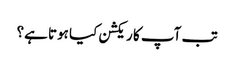
تب آپ کا ریکشن کیا ہوتا ہے؟